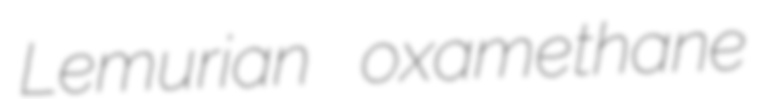
Lemurian oxamethane